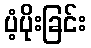
ပံ့ပိုးခြင်း